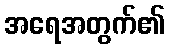
အရေအတွက်၏